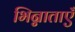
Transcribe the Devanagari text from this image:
भिन्नाताएँ